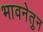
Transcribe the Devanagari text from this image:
भावनेतुन